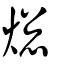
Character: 熜